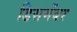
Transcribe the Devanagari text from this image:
डिसमेंबर